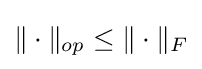
\|\cdot \|_{op}\leq \|\cdot \|_{F}